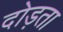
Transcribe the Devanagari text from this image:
दोड़ता